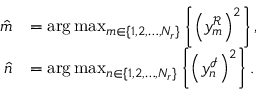
\begin{array} { r l } { \hat { m } } & { = \arg \operatorname* { m a x } _ { m \in \{ 1 , 2 , \dots , N _ { r } \} } \left\{ \left( y _ { m } ^ { \mathcal { R } } \right) ^ { 2 } \right\} , } \\ { \hat { n } } & { = \arg \operatorname* { m a x } _ { n \in \{ 1 , 2 , \dots , N _ { r } \} } \left\{ \left( y _ { n } ^ { \mathcal { I } } \right) ^ { 2 } \right\} . } \end{array}